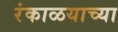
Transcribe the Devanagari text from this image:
रंकाळयाच्या